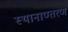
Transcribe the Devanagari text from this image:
स्थानाण्तरण